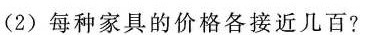
(2)每种家具的价格各接近几百?